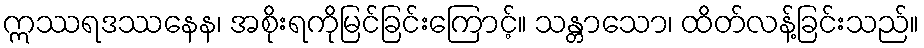
ဣဿရဒဿနေန၊ အစိုးရကိုမြင်ခြင်းကြောင့်။ သန္တာသော၊ ထိတ်လန့်ခြင်းသည်။